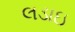
લડાઇ